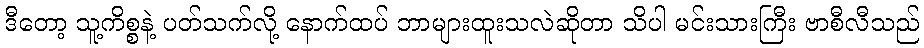
ဒီတော့ သူ့ကိစ္စနဲ့ ပတ်သက်လို့ နောက်ထပ် ဘာများထူးသလဲဆိုတာ သိပါ မင်းသားကြီး ဗာစီလီသည်